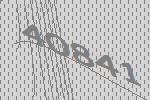
40841